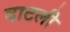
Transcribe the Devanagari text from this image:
दाटली